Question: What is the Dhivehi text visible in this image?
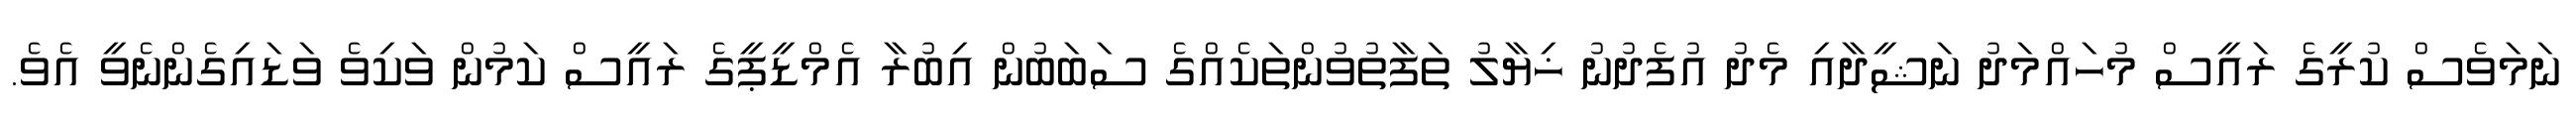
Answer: ނަމަވެސް ކުރީގެ ރައީސް މުހައްމަދު ނަޝީދާއި މެދު އުފެދުނު ޚިޔާލު ތަފާތުވުންތަކެއްގެ ސަބަބުން އިބުރާ އެމްޑީޕީގެ ރައީސް ކަމުން ވަކިވެ ވަޑައިގެންނެވީ އެވެ.